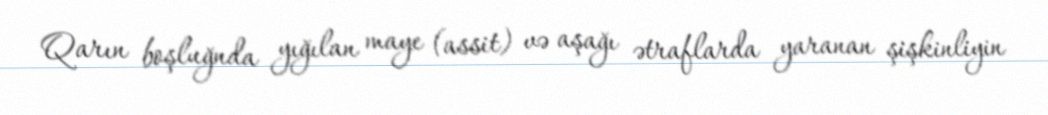
Qarın boşluğnda yığılan maye (assit) və aşağı ətraflarda yaranan şişkinliyin